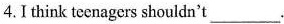
4. I think teenagers shouldn't ___.